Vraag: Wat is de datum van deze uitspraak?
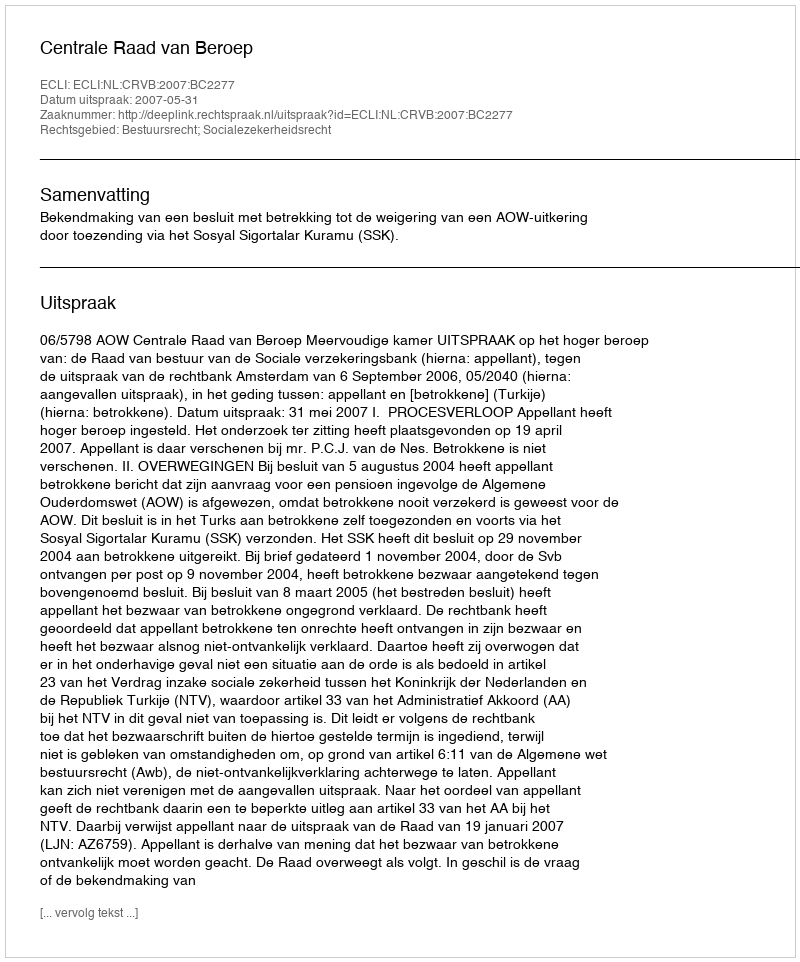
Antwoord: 2007-05-31